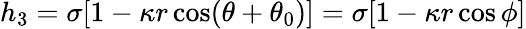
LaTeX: h_{3}=\sigma[1-\kappa r\cos(\theta+\theta_{0})]=\sigma[1-\kappa r\cos\phi]